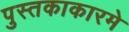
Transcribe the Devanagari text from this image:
पुस्तकाकारमे